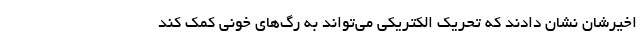
اخیرشان نشان دادند که تحریک الکتریکی می‌تواند به رگ‌های خونی کمک کند